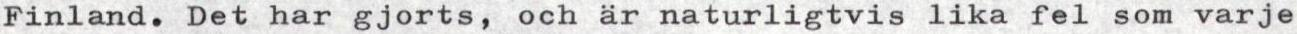
Finland. Det har gjorts, och är naturligtvis lika fel som varje